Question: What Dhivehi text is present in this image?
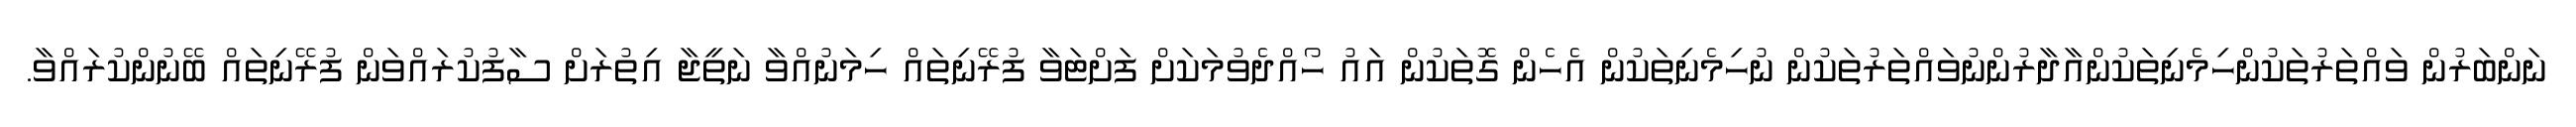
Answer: ނަންބަރުން ވައްތަރުތަކުންހިމެނިތަކުންއާދާރުންނުވައްތަރުތަކުން ނުހިމެނިތަކުން އެހެން ގޮތަކުން އައު ހޯއްދެވުމަކަށް ފަށްޓަވާ ފުރޭނިތައް ހިމަނުއްވާ ނަތީޖާ އިތުރަށް ސާފުކުރައްވަން ފުރޭނިތައް ބޭނުންކުރައްވާ.